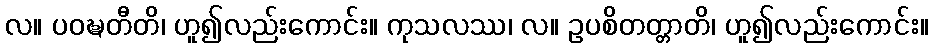
လ။ ပဝဍ္ဎတီတိ၊ ဟူ၍လည်းကောင်း။ ကုသလဿ၊ လ။ ဥပစိတတ္တာတိ၊ ဟူ၍လည်းကောင်း။